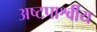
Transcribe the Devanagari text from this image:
अष्टपार्श्वीय